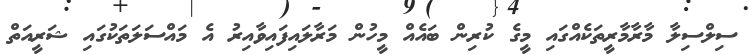
ސިލްސިލާ މާރާމާރީތަކެއްގައި މީގެ ކުރިން ބައެއް މީހުން މަރާލައިފައިވާއިރު އެ މައްސަލަތަކުގައި ޝަރީއަތް